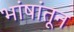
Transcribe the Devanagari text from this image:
भांषांतून